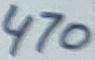
Text: 470